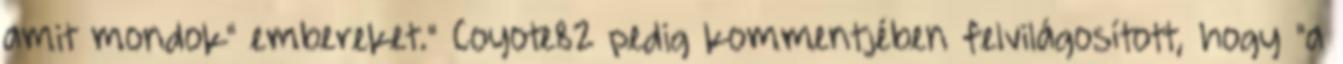
amit mondok" embereket." Coyote82 pedig kommentjében felvilágosított, hogy "a